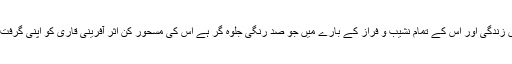
ان کی شاعری میں زندگی اور اس کے تمام نشیب و فراز کے بارے میں جو صد رنگی جلوہ گر ہے اس کی مسحور کن اثر آفرینی قاری کو اپنی گرفت میں لے لیتی ہے۔